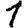
Digit: 1